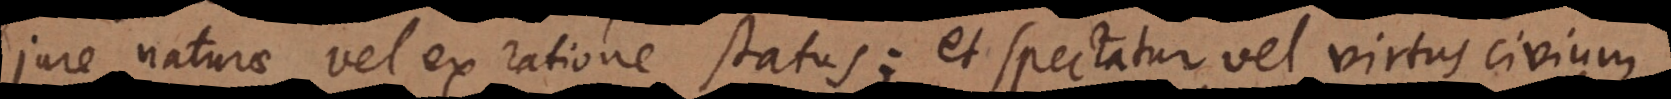
jure naturae vel ex ratione status; et spectatur vel virtus civium